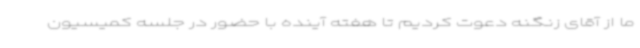
ما از آقای زنگنه دعوت کردیم تا هفته آینده با حضور در جلسه کمیسیون